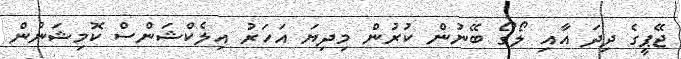
ޖޭޕީގެ ދިދަ އާއި ލޯގޯ ބޭނުން ކުރުން މިދިޔަ އަހަރު އިލެކްޝަންސް ކޮމިޝަނުން